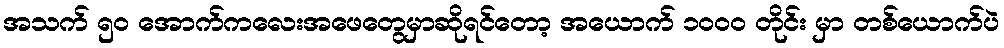
အသက် ၅၀ အောက်ကလေးအဖေတွေမှာဆိုရင်တော့ အယောက် ၁၀၀၀ တိုင်း မှာ တစ်ယောက်ပဲ